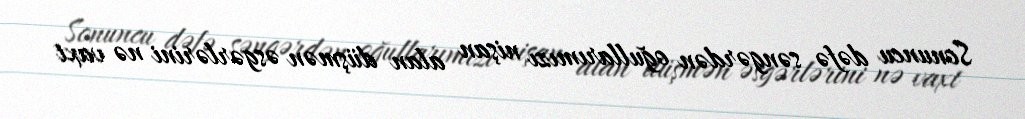
Sonuncu dəfə səngərdən oğullarımızı nişan alan düşmən əsgərlərini nə vaxt